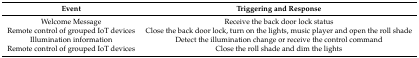
<table><thead><tr><td><b>Event</b></td><td><b>Triggering and Response</b></td></tr></thead><tbody><tr><td>Welcome Message</td><td>Receive the back door lock status</td></tr><tr><td>Remote control of grouped IoT devices</td><td>Close the back door lock, turn on the lights, music player and open the roll shade</td></tr><tr><td>Illumination information</td><td>Detect the illumination change or receive the control command</td></tr><tr><td>Remote control of grouped IoT devices</td><td>Close the roll shade and dim the lights </td></tr></tbody></table>